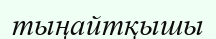
тыңайтқышы